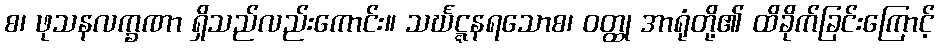
စ၊ ဖုသနလက္ခဏာ ရှိသည်လည်းကောင်း။ သင်္ဃဋ္ဋနရသောစ၊ ဝတ္ထု အာရုံတို့၏ ထိခိုက်ခြင်းကြောင့်